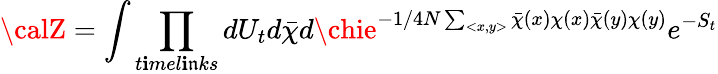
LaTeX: {\calZ}=\int\prod_{t\mathbf{i}mel\mathbf{i}\mathfrak{n}ks}dU_{t}d\bar{{\chi}}d\chie^{-1/{4N}\sum_{<x,y>}\bar{{\chi}}(x)\chi(x)\bar{{\chi}}(y)\chi(y)}e^{-S_{t}}